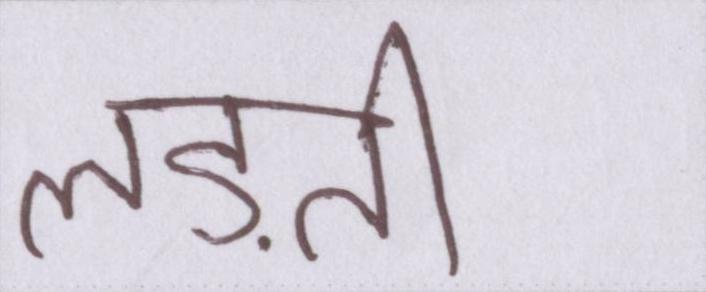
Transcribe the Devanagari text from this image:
लड़ती